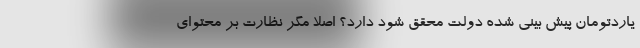
یاردتومان پیش بینی شده دولت محقق شود دارد؟ اصلاً مگر نظارت بر محتوای